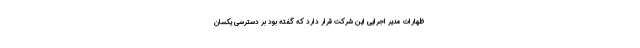
ظهارات مدیر اجرایی این شرکت قرار دارد که گفته بود بر دسترسی یکسان